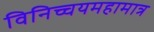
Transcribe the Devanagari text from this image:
विनिच्चयमहामात्र